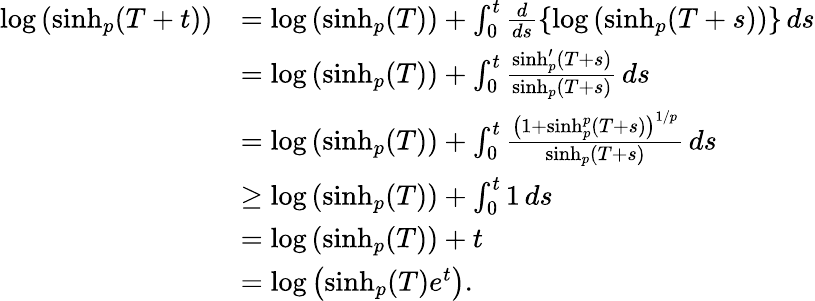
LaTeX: \begin{array}{rl}{\log\left(\sinh_{p}(T+t)\right)}&{=\log\left(\sinh_{p}(T)\right)+\int_{0}^{t}\frac{d}{ds}\left\{ \log\left(\sinh_{p}(T+s)\right)\right\} \, ds}\\ &{=\log\left(\sinh_{p}(T)\right)+\int_{0}^{t}\frac{\sinh_{p}^{\prime}(T+s)}{\sinh_{p}(T+s)}\, ds}\\ &{=\log\left(\sinh_{p}(T)\right)+\int_{0}^{t}\frac{\left(1+\sinh_{p}^{p}(T+s)\right)^{1/p}}{\sinh_{p}(T+s)}\, ds}\\ &{\geq\log\left(\sinh_{p}(T)\right)+\int_{0}^{t}1\, ds}\\ &{=\log\left(\sinh_{p}(T)\right)+t}\\ &{=\log\left(\sinh_{p}(T)e^{t}\right).}\end{array}